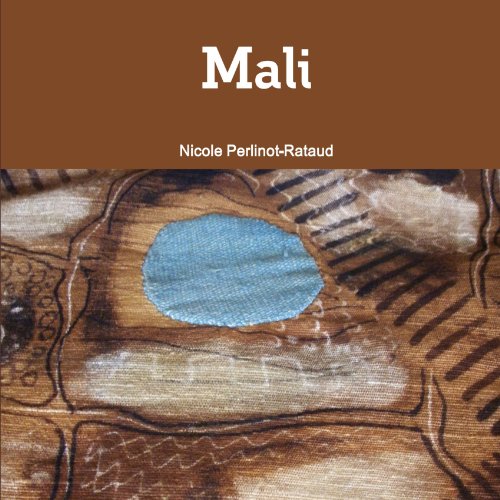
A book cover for Mali (French Edition); Nicole Perlinot-Rataud; Travel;